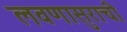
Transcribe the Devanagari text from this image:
लवणासुराची